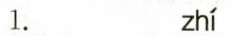
1. zhi